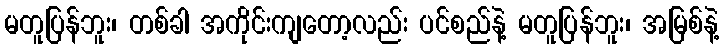
မတူပြန်ဘူး၊ တစ်ခါ အကိုင်းကျတော့လည်း ပင်စည်နဲ့ မတူပြန်ဘူး၊ အမြစ်နဲ့